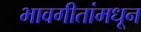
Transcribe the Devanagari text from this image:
भावगीतांमधून